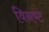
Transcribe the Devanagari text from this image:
विनष्‍ट